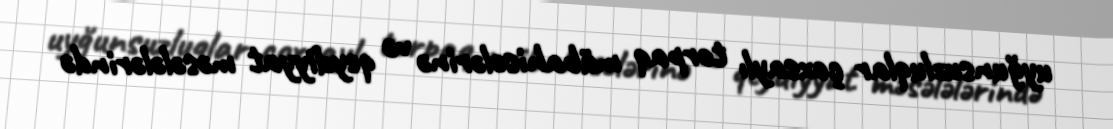
uyğunsuzluqlar çoxsaylı torpaq mübahisələrinə və qeydiyyat məsələlərində